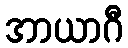
အာယာဂီ